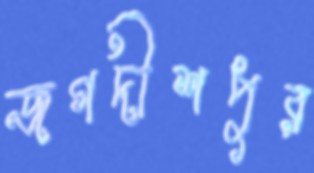
জগদীশপুর